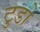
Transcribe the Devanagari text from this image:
टुडो